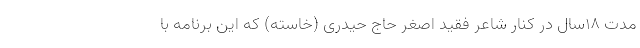
مدت ۱۸سال در کنار شاعر فقید اصغر حاج حیدری (خاسته) که این برنامه با